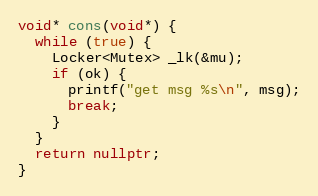
Language: C++
void* cons(void*) {
  while (true) {
    Locker<Mutex> _lk(&mu);
    if (ok) {
      printf("get msg %s\n", msg);
      break;
    }
  }
  return nullptr;
}